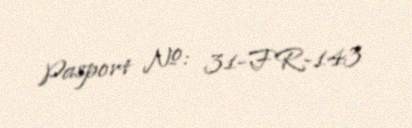
Pasport №: 31-FR-143